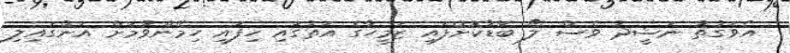
އެވަގުތު ނަޝީދު ވެސް ލޯ ބޮޑުކޮށްފައި ޒަމީހާގެ އަތުގައި ހިފައި ހިމޭންވުމަށް އަންގައިލި